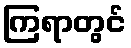
ကြရာတွင်